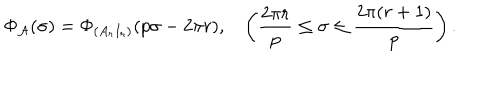
LaTeX: \Phi _ { { \cal A } } ( \sigma ) = \Phi _ { ( A _ { r } I _ { r } ) } ( p \sigma - 2 \pi r ) , \left( \frac { 2 \pi r } { p } \leq \sigma \leq \frac { 2 \pi ( r + 1 ) } { p } \right) .